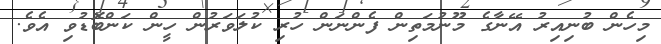
މިހެން ބުނިއިރު އޭނާގެ މޫނުމަތިން ފެންނަން ހުރި ކުލަވަރުން ހީން ކަންބޮޑުވި އެވެ.